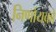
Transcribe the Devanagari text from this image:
निर्णायको